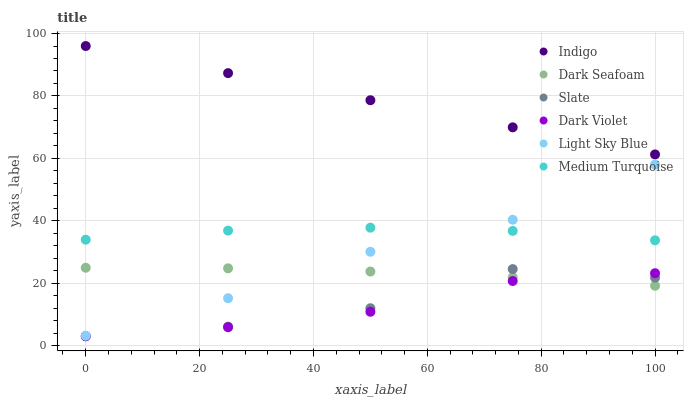
| xaxis_label | Indigo | Dark Seafoam | Slate | Dark Violet | Light Sky Blue | Medium Turquoise |
 | --- | --- | --- | --- | --- | --- | --- |
 | 0 | 96 | 25 | 3 | 3 | 3.16 | 33.9 |
 | 25 | 87.3 | 24.8 | 6.07 | 5.9 | 15.2 | 36.9 |
 | 50 | 78.6 | 23.7 | 12 | 10.8 | 30.1 | 37.8 |
 | 75 | 69.9 | 21.9 | 24.5 | 20.7 | 40.3 | 36.8 |
 | 100 | 61.3 | 19.2 | 21.8 | 23.2 | 58 | 33.7 |